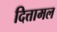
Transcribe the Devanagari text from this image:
दित्तामल